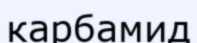
карбамид